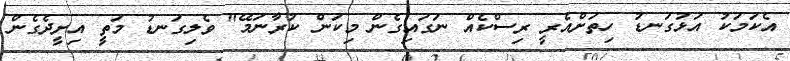
އެކަމަކު އަޅުގަނޑު ހިތަށްއެރީ ރިސްކެއް ނަގައިގެން މިކަން ކުރާނަމޭ" ވެލިގަނޑު މަތީ އިށީދެގެން